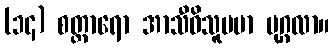
(၁၄) စတ္တာရော အာသီဝိသူပမာ ပုဂ္ဂလာ။